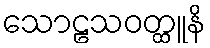
သောဠသဝတ္ထူနိ